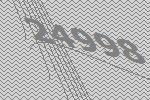
24998